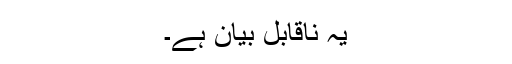
یہ ناقابل بیان ہے۔